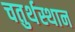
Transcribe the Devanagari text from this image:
चतुर्थस्थान